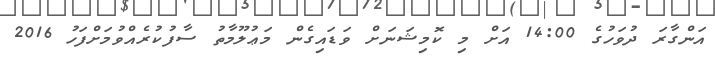
އަންގާރަ ދުވަހުގެ 14:00 އަށް މި ކޮމިޝަނަށް ވަޑައިގެން މަޢުލޫމާތު ސާފުކުރެއްވުމަށްފަހު 2016